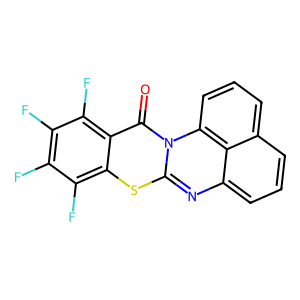
SMILES: O=c1c2c(F)c(F)c(F)c(F)c2sc2nc3cccc4cccc(c43)n12
Inhibits HIV replication: No